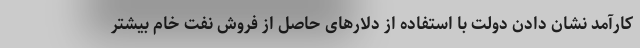
کارآمد نشان دادن دولت با استفاده از دلارهای حاصل از فروش نفت خام بیشتر